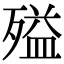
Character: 㱲